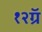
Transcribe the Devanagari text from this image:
१२ग्रॅ